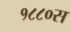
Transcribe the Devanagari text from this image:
१८८०स